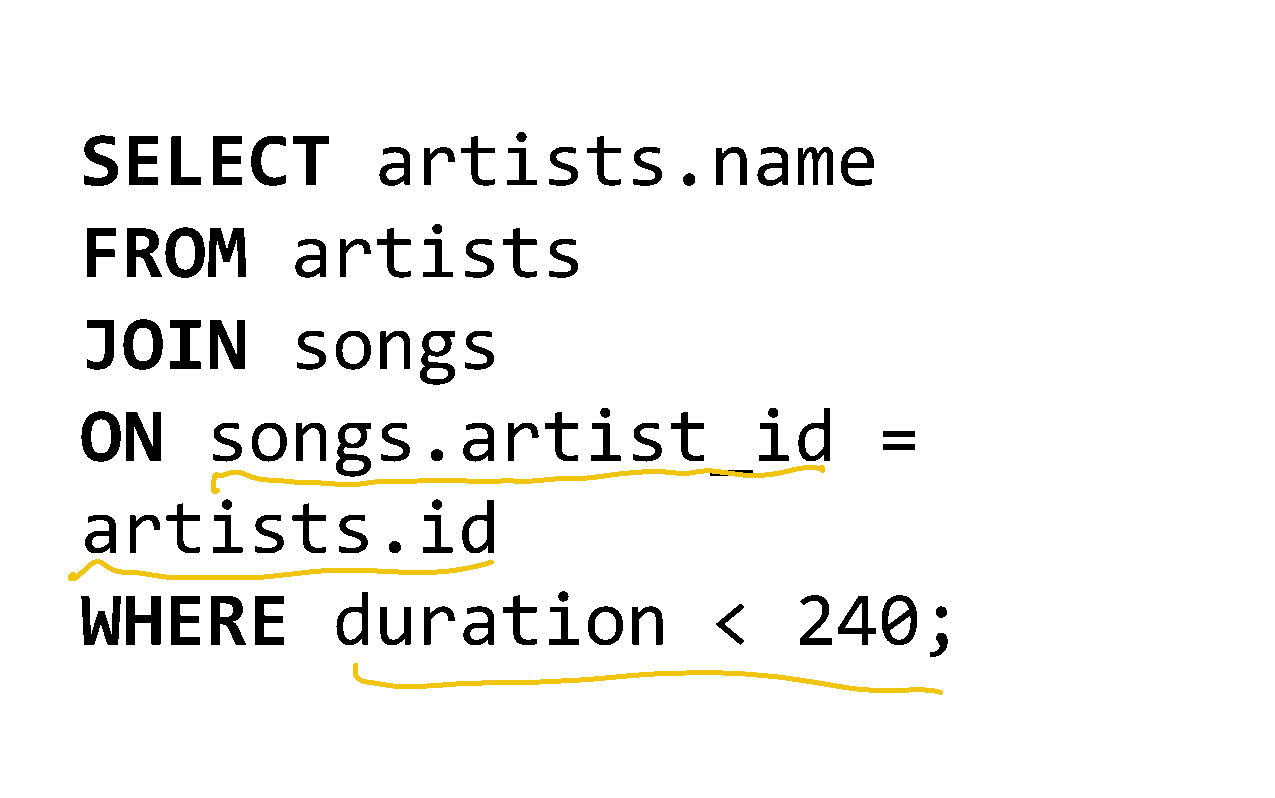
SELECT              artists.name
 FROM          artists
 JOIN          songs
 ON       songs.artist_id                             =
 artists.id
 WHERE            duration                 <     240;